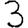
Digit: 3